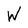
Character: W